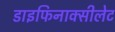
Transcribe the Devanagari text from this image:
डाइफिनाक्सीलेट